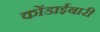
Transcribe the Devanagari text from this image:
कोंडाईबारी